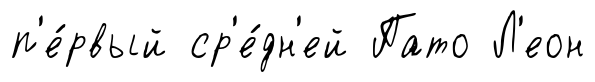
п'е́рвый ср'е́дн'ей Пато Л'еон